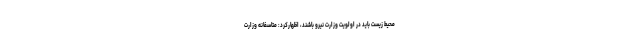
محیط زیست باید در اولویت وزارت نیرو باشند، اظهارکرد: متاسفانه وزارت